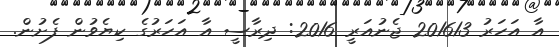
އާ އަހަރު 201613 ޖެނުއަރީ 2016: ދިރާސީ އާ އަހަރުގެ ކިޔެވުން ފެށުން.